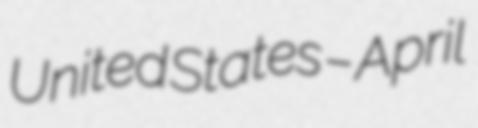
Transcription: United States – April